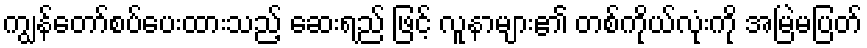
ကျွန်တော်စပ်ပေးထားသည့် ဆေးရည် ဖြင့် လူနာများ၏ တစ်ကိုယ်လုံးကို အမြဲမပြတ်